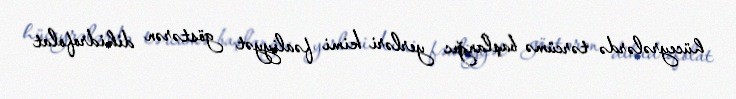
hüceyrələrdə tərcümə başlanğıc yerləri kimi fəaliyyət göstərən dihidrofolat